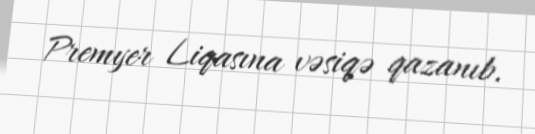
Premyer Liqasına vəsiqə qazanıb.